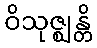
ဝိသုဇ္ဈန္တိ